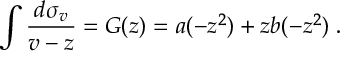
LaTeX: \int { \frac { d \sigma _ { v } } { v - z } } = G ( z ) = a ( - z ^ { 2 } ) + z b ( - z ^ { 2 } ) \; .